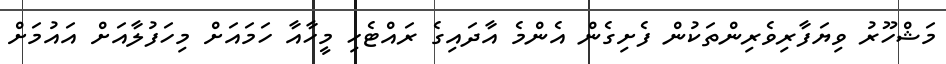
މަޝްހޫރު ވިޔަފާރިވެރިންތަކުން ފެށިގެން އެންމެ އާދައިގެ ރައްޓެހި މީހާއާ ހަމައަށް މިހަފުލާއަށް އައުމަށް